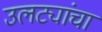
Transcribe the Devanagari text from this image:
उलट्यांचा